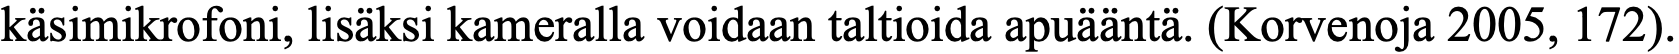
käsimikrofoni, lisäksi kameralla voidaan taltioida apuääntä. (Korvenoja 2005, 172).